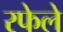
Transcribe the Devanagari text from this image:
रफेले